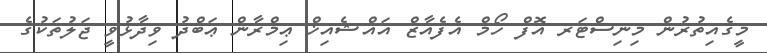
މީގެއިތުރުން މިނިސްޓަރ އޮފް ހޯމް އެފެއާޒް އައްޝެއިޚް ޢިމްރާން ޢަބްދު ވިދާޅުވީ ޖަލުތަކުގެ